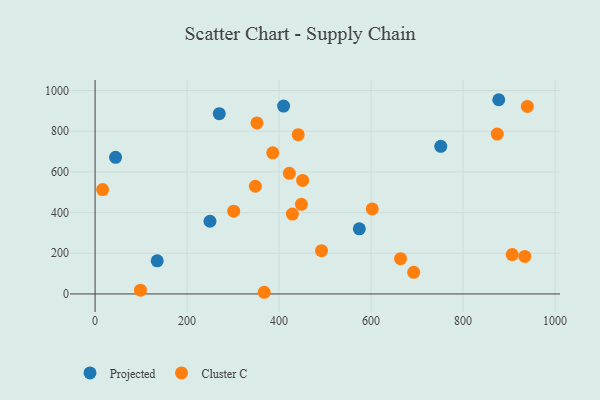
{"axis": {"x": "Speed", "y": "Fuel Efficiency"}, "legend": ["Cluster C", "Projected"], "data": [{"x": "44.5", "y": 672.1, "type": "Projected"}, {"x": "249.8", "y": 357.4, "type": "Projected"}, {"x": "270.0", "y": 886.8, "type": "Projected"}, {"x": "574.5", "y": 320.1, "type": "Projected"}, {"x": "409.9", "y": 923.8, "type": "Projected"}, {"x": "751.6", "y": 726.0, "type": "Projected"}, {"x": "135.1", "y": 163.0, "type": "Projected"}, {"x": "877.7", "y": 955.2, "type": "Projected"}, {"x": "602.6", "y": 418.1, "type": "Cluster C"}, {"x": "352.0", "y": 841.2, "type": "Cluster C"}, {"x": "98.7", "y": 18.4, "type": "Cluster C"}, {"x": "939.9", "y": 922.4, "type": "Cluster C"}, {"x": "692.7", "y": 106.1, "type": "Cluster C"}, {"x": "451.3", "y": 558.2, "type": "Cluster C"}, {"x": "367.7", "y": 8.2, "type": "Cluster C"}, {"x": "16.4", "y": 513.1, "type": "Cluster C"}, {"x": "874.4", "y": 786.5, "type": "Cluster C"}, {"x": "934.3", "y": 184.6, "type": "Cluster C"}, {"x": "492.3", "y": 212.7, "type": "Cluster C"}, {"x": "664.2", "y": 173.3, "type": "Cluster C"}, {"x": "448.6", "y": 440.9, "type": "Cluster C"}, {"x": "429.0", "y": 392.6, "type": "Cluster C"}, {"x": "906.9", "y": 193.6, "type": "Cluster C"}, {"x": "348.5", "y": 529.6, "type": "Cluster C"}, {"x": "301.4", "y": 407.2, "type": "Cluster C"}, {"x": "422.4", "y": 593.2, "type": "Cluster C"}, {"x": "386.3", "y": 693.8, "type": "Cluster C"}, {"x": "441.6", "y": 783.4, "type": "Cluster C"}]}